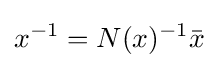
x^{-1}=N(x)^{-1}{\bar {x}}